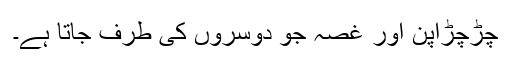
چڑچڑاپن اور غصہ جو دوسروں کی طرف جاتا ہے۔